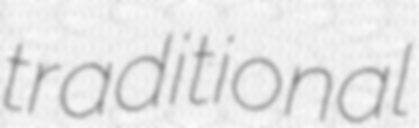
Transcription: traditional